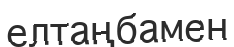
елтаңбамен